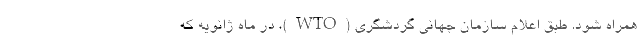
همراه شود. طبق اعلام سازمان جهانی گردشگری (WTO)، در ماه ژانویه که